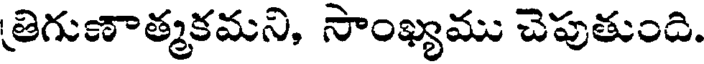
తిగుణాత్మకమని, సాంఖ్యము చెపుతుంది.